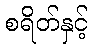
စရိတ်နှင့်